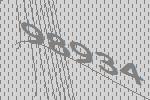
98934